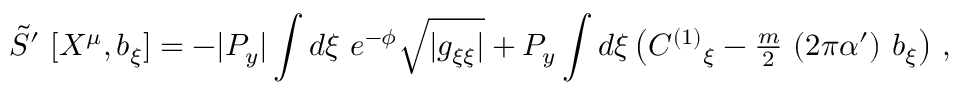
\tilde { S } ^ { \prime } \ [ X ^ { \mu } , b _ { \xi } ] = - | P _ { y } | \int d \xi \ e ^ { - \phi } \sqrt { | g _ { \xi \xi } | } + P _ { y } \int d \xi \left( C ^ { ( 1 ) } { } _ { \xi } - { \textstyle \frac { m } { 2 } } \ ( 2 \pi \alpha ^ { \prime } ) \ b _ { \xi } \right) \, ,